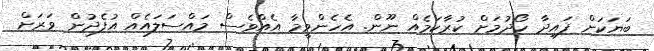
ބަޔަކަށް ފައިދާ ހޯދުމަށް ކުރާކަމެއް ނޫން. އެހެންވީމާ އެއްވެސް މައްސަލައެއް އުފެދުން ވަރަށް